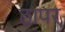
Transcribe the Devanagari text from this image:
ठापर